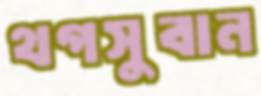
থগসুবান